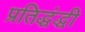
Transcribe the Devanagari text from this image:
प्रतिद्धंद्धी